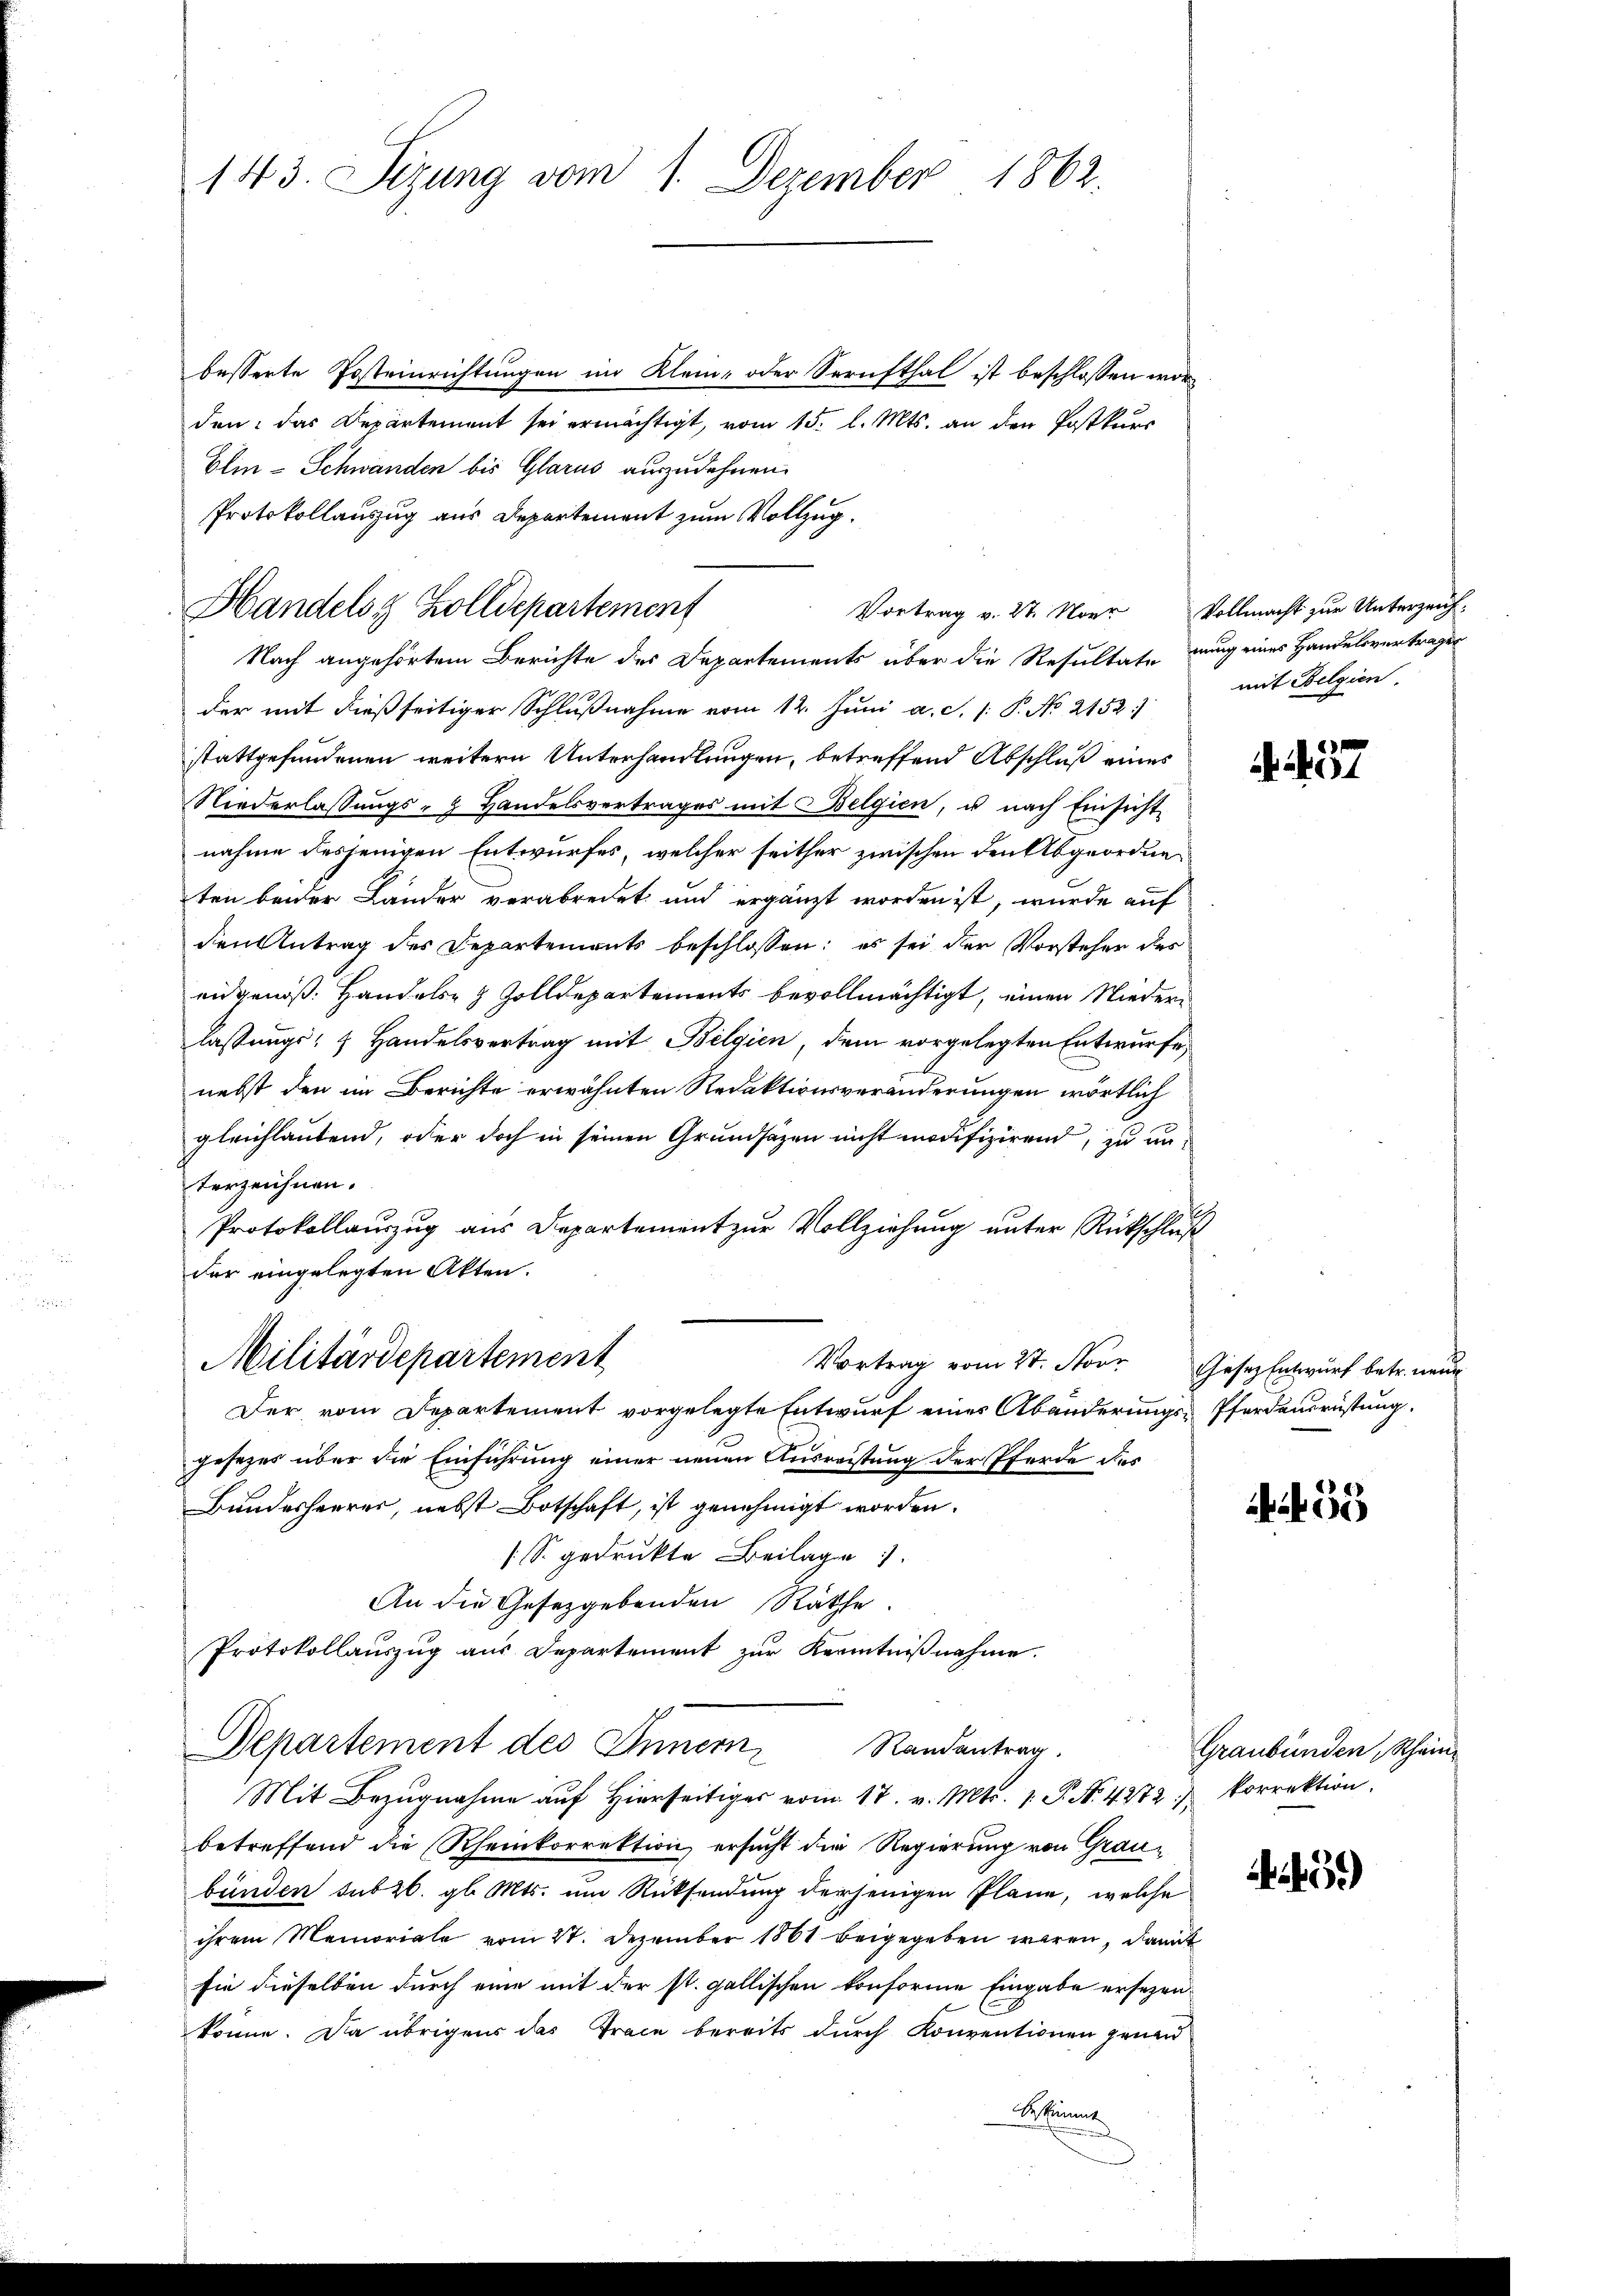
143. Sizung vom 1. Dezember 1862.

besserte Posteinrichtungen im Klein- oder Serufthal ist beschlossen worden: das Departement sei ermächtigt, vom 15. l. Mts. an den Postkurs
Elin-Schwänden bis Glarus auszudehnen.
Protokollauszug aus Departement zum Vollzug.
Nach angehörtem Berichte des Departements über die Resultate nung eines Handelsvertragen
der mit dießseitiger Schlußnahme vom 12. Juni a. S. 1: P. No 2152)
stattgefundenen weitern Unterhandlungen, betreffend Abschluß eines
Niederlassungs- & Handelsvertrages mit Belgien, u nach Einsicht
nahme desjenigen Entwurfes, welcher seither zwischen den Abgeordneten beider Länder verabredet und ergänzt worden ist, wurde auf
den Antrag des Departements beschlossen: es sei der Vorsteher des
eidgenoß. Handels- & Zolldepartements bevollmächtigt, einen Niederlassungs- & Handelsvertrag mit Belgien, dem vorgelegten Entwurfe,
nebst den im Berichte erwähnten Redaktionsveränderungen wörtlich
gleichlautend, oder doch in seinen Grundsazen nicht modifizirend, zu unterzeichnen.
h
Protokollauszug aus Departement zur Vollziehung unter Rückschluß
der eingelegten Akten.
Militärdepartement
Vortrag vom 27. Nov. Gesez Entwurf betr. neue
Der vom Departement vorgelegte Entwurf eines Abänderungs-Pferdensrüstung.
gesezes über die Einführung einer neuen Ausreistung der Pferde des
Bundesheeres, nebst Botschaft, ist genehmigt worden.
[S. gedrukte Beilagen
An die Gesetzgebenden Räthe
Protokollauszug aus Departement zur Kenntnißnahme.
Departement des Innern Randantrag.
Mit Bezugnahme auf Hierseitiger vom 17. v. Mts. 1. P. No. 4272. korrektion.
betreffend die Rheinkorrektion ersucht die Regierung von Graubünden sub 26. gl. Mts. um Rücksendung derjenigen Pläne, welche
ihrem Memoriale vom 27. Dezember 1861 beigegeben waren, damit
sie dieselben durch eine mit der st. gallischen konforme Eingabe ersezenkönne. Da übrigens das Trace bereits durch Konventionen genau
Seine

Handels & Zolldepartement

Vortrag v. 27. Noer Vollmacht zur Unterzeich-

mit Belgien

. 37

1 635

Graubünden, Schein

459)